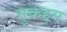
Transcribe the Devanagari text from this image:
मुक़द्दम